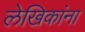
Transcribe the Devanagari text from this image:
लेखिकांना